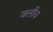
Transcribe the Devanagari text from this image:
जलीव